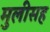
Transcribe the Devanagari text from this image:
मुलीसह